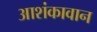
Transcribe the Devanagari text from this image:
आशंकावान